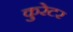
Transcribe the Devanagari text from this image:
कुरेटर